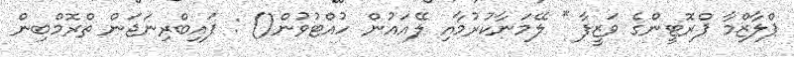
ޕްލާޒްމާ ޕްރޮޓީންގެ ވަޒީފާ * ލޭމަނާކުރުމާއި ލޭއައުން ހުއްޓުވުން() : ފައިބްރިނަޖަން ތްރޮމްބިން